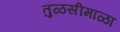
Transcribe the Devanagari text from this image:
तुळसीमाळा